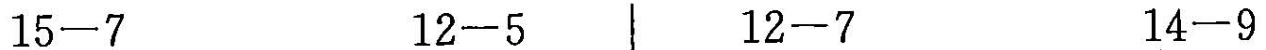
$$1 5 - 7$$ $$1 2 - 5$$ $$1 2 - 7$$ $$1 4 - 9$$